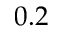
0 . 2